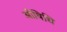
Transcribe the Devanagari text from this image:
औषिधि